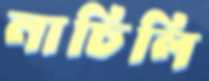
নাচিলি